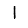
Digit: 1